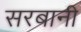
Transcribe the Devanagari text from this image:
सरबानी